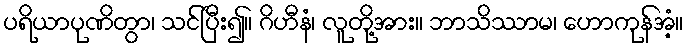
ပရိယာပုဏိတွာ၊ သင်ပြီး၍။ ဂိဟီနံ၊ လူတို့အား။ ဘာသိဿာမ၊ ဟောကုန်အံ့။